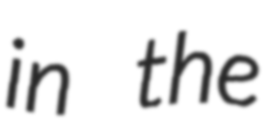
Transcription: in the